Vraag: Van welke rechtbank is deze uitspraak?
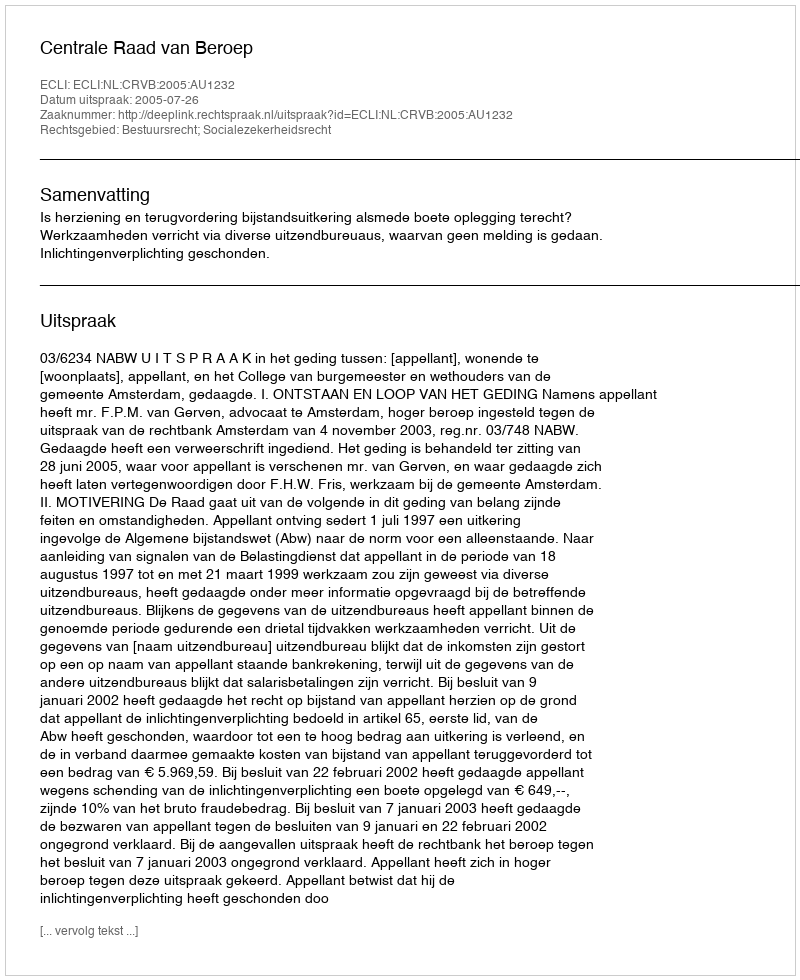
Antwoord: Centrale Raad van Beroep